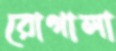
রোগালা